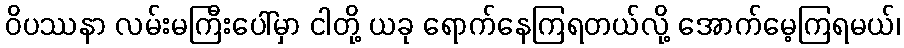
ဝိပဿနာ လမ်းမကြီးပေါ်မှာ ငါတို့ ယခု ရောက်နေကြရတယ်လို့ အောက်မေ့ကြရမယ်၊